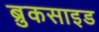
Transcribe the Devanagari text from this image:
ब्रुकसाइड